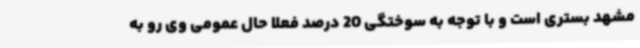
مشهد بستری است و با توجه به سوختگی 20 درصد فعلا حال عمومی وی رو به